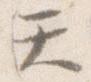
て